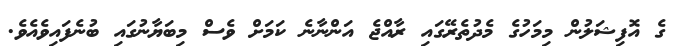
ގެ އޮފިޝަލުން މިމަހުގެ މެދުތެރޭގައި ރާއްޖެ އަންނާނެ ކަމަށް ވެސް މިބަޔާނުގައި ބުނެފައިވެއެވެ.